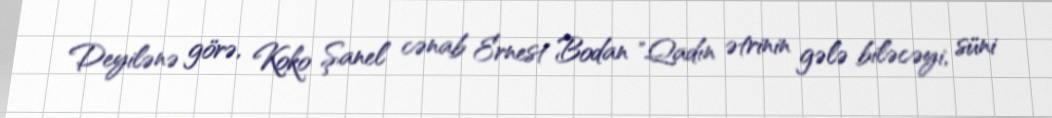
Deyilənə görə, Koko Şanel cənab Ernest Bodan "Qadın ətrinin gələ biləcəyi, süni